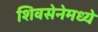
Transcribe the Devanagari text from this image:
शिवसेनेमध्ये